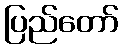
ပြည်တော်